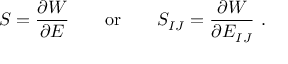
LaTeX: { \boldsymbol { S } } = { \frac { \partial W } { \partial { \boldsymbol { E } } } } \qquad { \mathrm { o r } } \qquad S _ { I J } = { \frac { \partial W } { \partial E _ { I J } } } ~ .